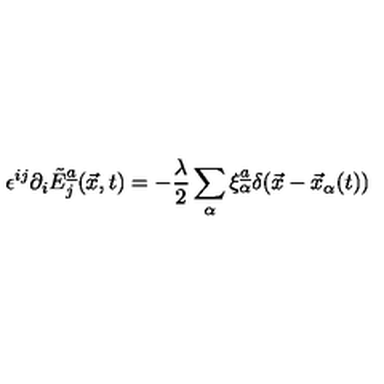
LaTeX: \epsilon \sp { i j } \partial _ { i } \tilde { E } _ { j } \sp { \underline { { a } } } ( \vec { x } , t ) = - { \frac { \lambda } { 2 } } \sum _ { \alpha } \xi _ { \alpha } \sp { \underline { { a } } } \delta ( \vec { x } - \vec { x } _ { \alpha } ( t ) )